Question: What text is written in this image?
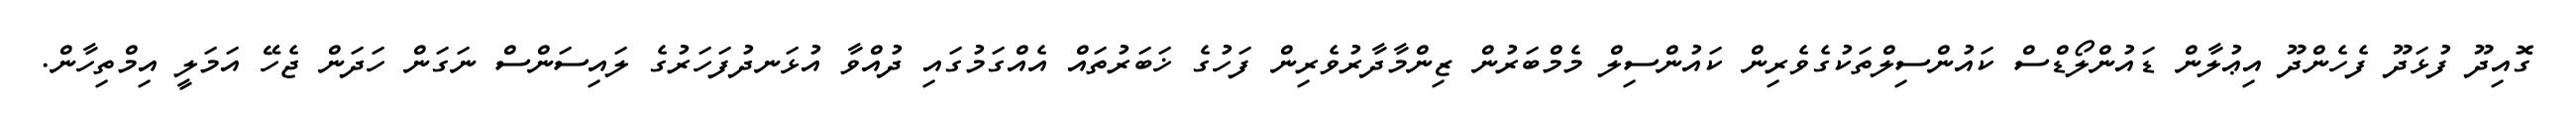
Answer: ގޮއިދޫ ފުޅަދޫ ފެހެންދޫ އިޢުލާން ޑައުންލޯޑްސް ކައުންސިލްތަކުގެވެރިން ކައުންސިލް މެމްބަރުން ޒިންމާދާރުވެރިން ފަހުގެ ޚަބަރުތައް އެއްގަމުގައި ދުއްވާ އުޅަނދުފަހަރުގެ ލައިސަންސް ނަގަން ހަދަން ޖެހޭ އަމަލީ އިމްތިހާން.